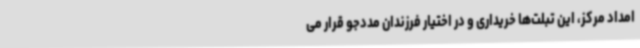
امداد مرکز، این تبلت‌ها خریداری و در اختیار فرزندان مددجو قرار می